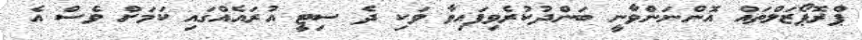
ޕްރޮޕޯޒަލްތައް އޮންނަންވާނީ ބަންދުކުރެވިފައިވާ ވަކި ދެ ސިޓީ އުރައެއްގައި ކަމަށް ވެސް އެ